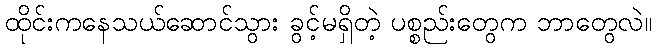
ထိုင်းကနေသယ်ဆောင်သွား ခွင့်မရှိတဲ့ ပစ္စည်းတွေက ဘာတွေလဲ။